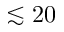
\lesssim 2 0